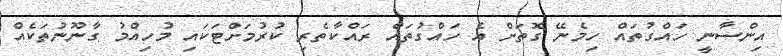
އިންސާނީ ހައްގުތައް ހިމެނޭ ގޮތަށް އެ ހައްގުތައް ރައްކާތެރި ކުރުމަށްޓަކައި މުހިއްމު ގާނޫނުތަކެއް